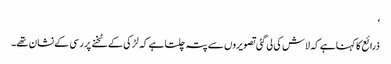
‘
ذرائع کا کہنا ہے کہ لاش کی لی گئی تصویروں سے پتہ چلتا ہے کہ لڑکی کےٹخنے پر رسی کے نشان تھے۔